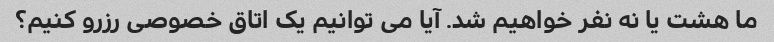
ما هشت یا نه نفر خواهیم شد. آیا می توانیم یک اتاق خصوصی رزرو کنیم؟